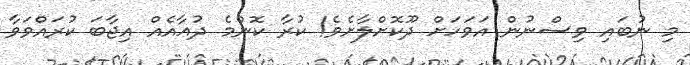
މި ނުބައި ވިސްނުން އަވަހަށް ދޫކޮށްލާށެވެ! ކުރާ ކޮންމެ ދުޢާއެއް އިޖާބަ ކުރައްވަވާ